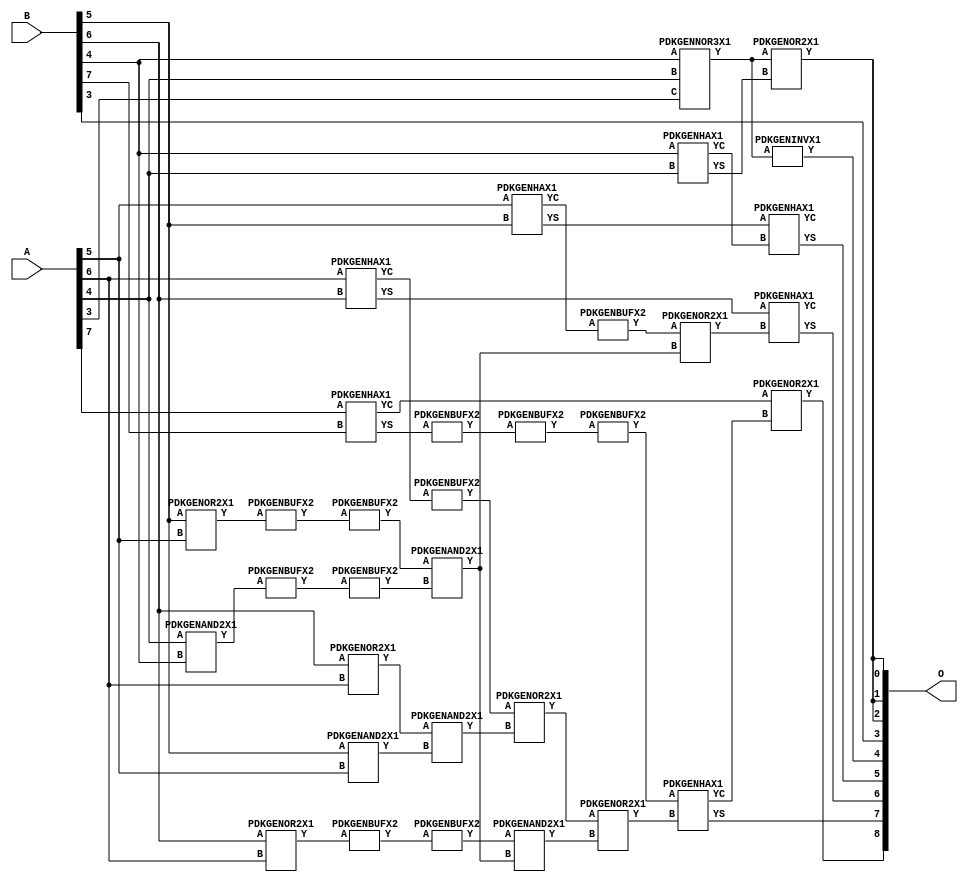
// Library = EvoApprox8b
// Circuit = add8_052
// Area   (180) = 1320
// Delay  (180) = 0.880
// Power  (180) = 371.70
// Area   (45) = 93
// Delay  (45) = 0.370
// Power  (45) = 29.55
// Nodes = 33
// HD = 188032
// MAE = 4.79688
// MSE = 36.87500
// MRE = 2.54 %
// WCE = 16
// WCRE = 700 %
// EP = 92.6 %

module add8_052(A, B, O);
  input [7:0] A;
  input [7:0] B;
  output [8:0] O;
  wire [2031:0] N;

  assign N[0] = A[0];
  assign N[1] = A[0];
  assign N[2] = A[1];
  assign N[3] = A[1];
  assign N[4] = A[2];
  assign N[5] = A[2];
  assign N[6] = A[3];
  assign N[7] = A[3];
  assign N[8] = A[4];
  assign N[9] = A[4];
  assign N[10] = A[5];
  assign N[11] = A[5];
  assign N[12] = A[6];
  assign N[13] = A[6];
  assign N[14] = A[7];
  assign N[15] = A[7];
  assign N[16] = B[0];
  assign N[17] = B[0];
  assign N[18] = B[1];
  assign N[19] = B[1];
  assign N[20] = B[2];
  assign N[21] = B[2];
  assign N[22] = B[3];
  assign N[23] = B[3];
  assign N[24] = B[4];
  assign N[25] = B[4];
  assign N[26] = B[5];
  assign N[27] = B[5];
  assign N[28] = B[6];
  assign N[29] = B[6];
  assign N[30] = B[7];
  assign N[31] = B[7];

  PDKGENOR2X1 n42(.A(N[28]), .B(N[12]), .Y(N[42]));
  assign N[43] = N[42];
  PDKGENOR2X1 n44(.A(N[28]), .B(N[12]), .Y(N[44]));
  assign N[45] = N[44];
  PDKGENAND2X1 n46(.A(N[26]), .B(N[10]), .Y(N[46]));
  PDKGENNOR3X1 n48(.A(N[24]), .B(N[8]), .C(N[6]), .Y(N[48]));
  assign N[49] = N[48];
  PDKGENAND2X1 n68(.A(N[8]), .B(N[24]), .Y(N[68]));
  PDKGENBUFX2 n70(.A(N[68]), .Y(N[70]));
  PDKGENHAX1 n72(.A(N[24]), .B(N[8]), .YS(N[72]), .YC(N[73]));
  PDKGENHAX1 n78(.A(N[10]), .B(N[26]), .YS(N[78]), .YC(N[79]));
  PDKGENBUFX2 n80(.A(N[79]), .Y(N[80]));
  PDKGENHAX1 n86(.A(N[12]), .B(N[28]), .YS(N[86]), .YC(N[87]));
  PDKGENHAX1 n96(.A(N[14]), .B(N[30]), .YS(N[96]), .YC(N[97]));
  PDKGENBUFX2 n128(.A(N[45]), .Y(N[128]));
  assign N[129] = N[128];
  PDKGENOR2X1 n134(.A(N[26]), .B(N[10]), .Y(N[134]));
  assign N[135] = N[134];
  PDKGENBUFX2 n136(.A(N[135]), .Y(N[136]));
  PDKGENBUFX2 n142(.A(N[87]), .Y(N[142]));
  assign N[143] = N[142];
  PDKGENBUFX2 n152(.A(N[70]), .Y(N[152]));
  PDKGENBUFX2 n160(.A(N[96]), .Y(N[160]));
  PDKGENAND2X1 n162(.A(N[43]), .B(N[46]), .Y(N[162]));
  PDKGENBUFX2 n164(.A(N[160]), .Y(N[164]));
  assign N[165] = N[164];
  PDKGENBUFX2 n170(.A(N[129]), .Y(N[170]));
  PDKGENINVX1 n176(.A(N[49]), .Y(N[176]));
  assign N[177] = N[176];
  PDKGENOR2X1 n180(.A(N[143]), .B(N[162]), .Y(N[180]));
  PDKGENBUFX2 n206(.A(N[136]), .Y(N[206]));
  assign N[207] = N[206];
  PDKGENAND2X1 n226(.A(N[207]), .B(N[152]), .Y(N[226]));
  PDKGENOR2X1 n244(.A(N[80]), .B(N[226]), .Y(N[244]));
  assign N[245] = N[244];
  PDKGENAND2X1 n254(.A(N[170]), .B(N[226]), .Y(N[254]));
  PDKGENOR2X1 n272(.A(N[180]), .B(N[254]), .Y(N[272]));
  PDKGENOR2X1 n344(.A(N[48]), .B(N[72]), .Y(N[344]));
  assign N[345] = N[344];
  PDKGENBUFX2 n376(.A(N[165]), .Y(N[376]));
  assign N[377] = N[376];
  PDKGENHAX1 n394(.A(N[78]), .B(N[73]), .YS(N[394]), .YC(N[395]));
  PDKGENHAX1 n404(.A(N[86]), .B(N[245]), .YS(N[404]), .YC(N[405]));
  PDKGENHAX1 n412(.A(N[377]), .B(N[272]), .YS(N[412]), .YC(N[413]));
  PDKGENOR2X1 n422(.A(N[97]), .B(N[413]), .Y(N[422]));

  assign O[0] = N[345];
  assign O[1] = N[345];
  assign O[2] = N[344];
  assign O[3] = N[22];
  assign O[4] = N[177];
  assign O[5] = N[394];
  assign O[6] = N[404];
  assign O[7] = N[412];
  assign O[8] = N[422];

endmodule
/* mod */
module PDKGENHAX1( input A, input B, output YS, output YC );
    assign YS = A ^ B;
    assign YC = A & B;
endmodule
/* mod */
module PDKGENOR2X1(input A, input B, output Y );
     assign Y = A | B;
endmodule
/* mod */
module PDKGENAND2X1(input A, input B, output Y );
     assign Y = A & B;
endmodule
/* mod */
module PDKGENINVX1(input A, output Y );
     assign Y = ~A;
endmodule
/* mod */
module PDKGENNOR3X1(input A, input B, input C, output Y );
     assign Y = ~((A | B) | C);
endmodule
/* mod */
module PDKGENBUFX2(input A, output Y );
     assign Y = A;
endmodule